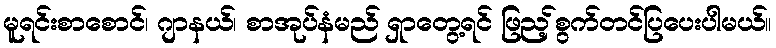
မူရင်းစာစောင်၊ ဂျာနယ်၊ စာအုပ်နံမည် ရှာတွေ့ရင် ဖြည့်စွက်တင်ပြပေးပါမယ်။